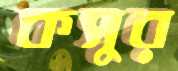
কসুর